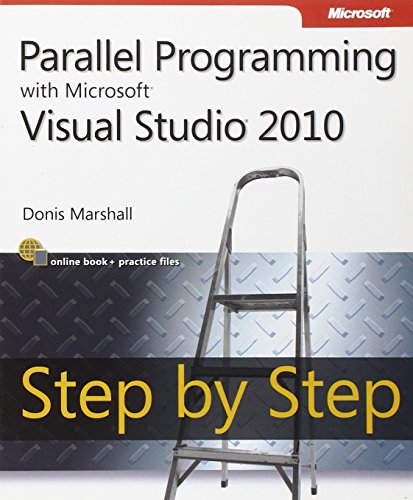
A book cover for Parallel Programming with Microsoft Visual Studio 2010 Step by Step (Step by Step Developer); Donis Marshall; Computers & Technology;